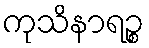
ကုသိနာရဉ္စ